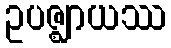
ဥပဇ္ဈာယဿ